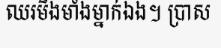
ឈរមិងមាំងម្នាក់ឯង។ ប្រាស